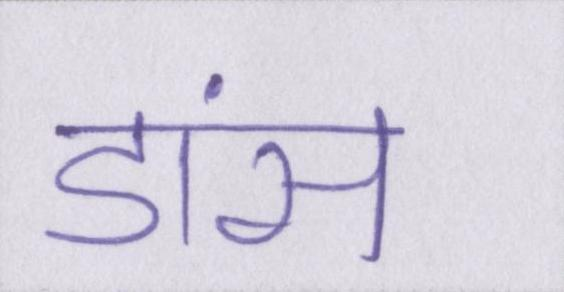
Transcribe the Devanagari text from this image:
डांस